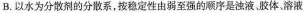
B.以水为分散剂的分散系，按稳定性由弱至强的顺序是浊液、胶体、溶液